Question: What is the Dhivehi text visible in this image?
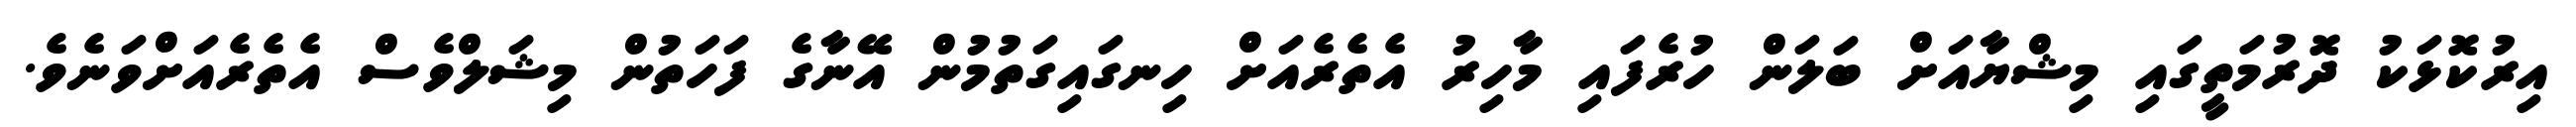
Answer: އިރުކޮޅަކު ދޮރުމަތީގައި މިޝްޔާއަށް ބަލަން ހުރެފައި މާހިރު އެތެރެއަށް ހިނގައިގަތުމުން އޭނާގެ ފަހަތުން މިޝަލްވެސް އެތެރެއަށްވަނެވެ.